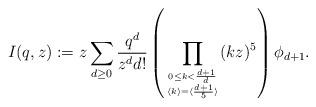
LaTeX: \begin{align*}I(q,z):=z\sum_{d\geq 0}\frac{q^d}{z^dd!}\left(\prod_{0\leq k<\frac{d+1}{d} \atop \langle k \rangle = \langle \frac{d+1}{5}\rangle}(kz)^5 \right)\phi_{d+1}.\end{align*}